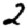
Digit: 2